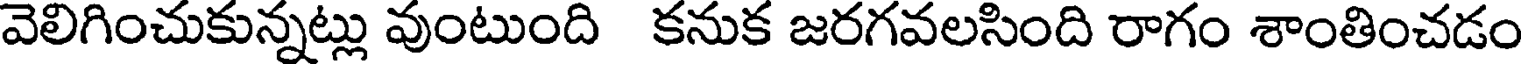
వెలిగించుకున్నట్లు వుంటుంది కనుక జరగవలసింది రాగం శాంతించడం